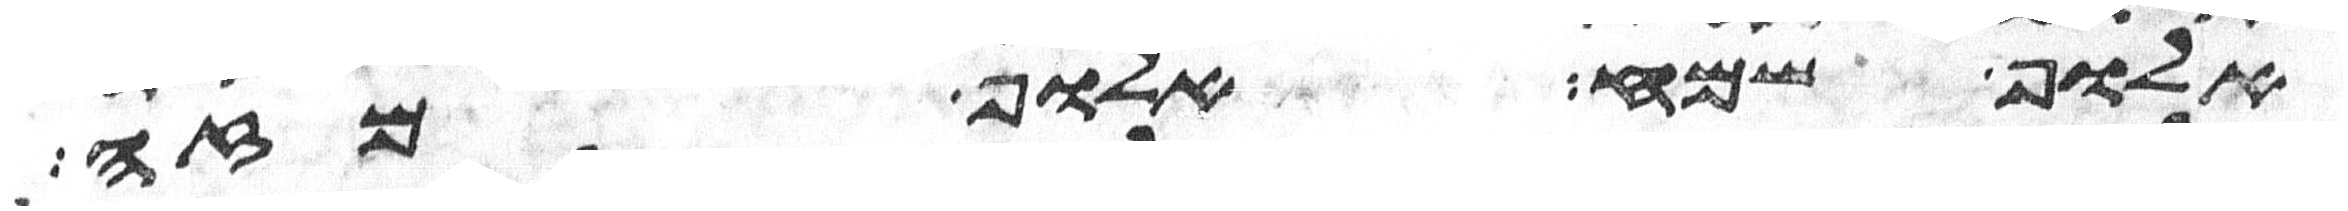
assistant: אלוף שמח אלוף מזה